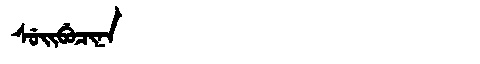
Manchu: ᠰᡠᡳᠪᡠᠴᡳᠨᠠ
Romanization: SUIBUCINA